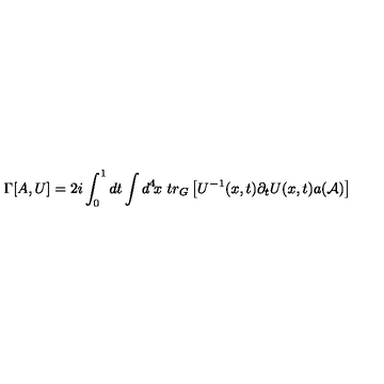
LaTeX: \Gamma [ A , U ] = 2 i \int _ { 0 } ^ { 1 } d t \int d ^ { 4 } \! x \ t r _ { G } \left[ U ^ { - 1 } ( x , t ) \partial _ { t } U ( x , t ) a ( { \cal A } ) \right]